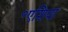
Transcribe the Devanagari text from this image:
॰एशिया